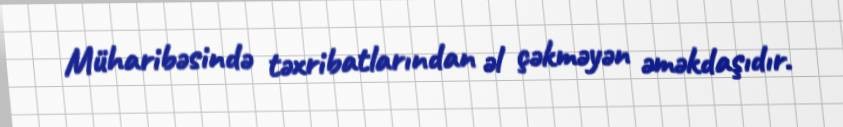
Müharibəsində təxribatlarından əl çəkməyən əməkdaşıdır.